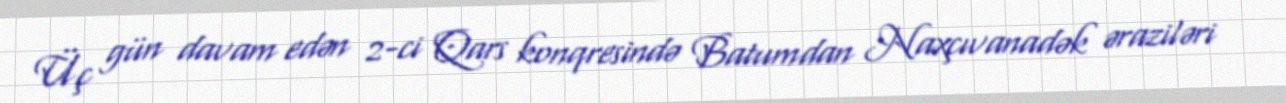
Üç gün davam edən 2-ci Qars konqresində Batumdan Naxçıvanadək əraziləri